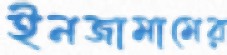
ইনজামামের